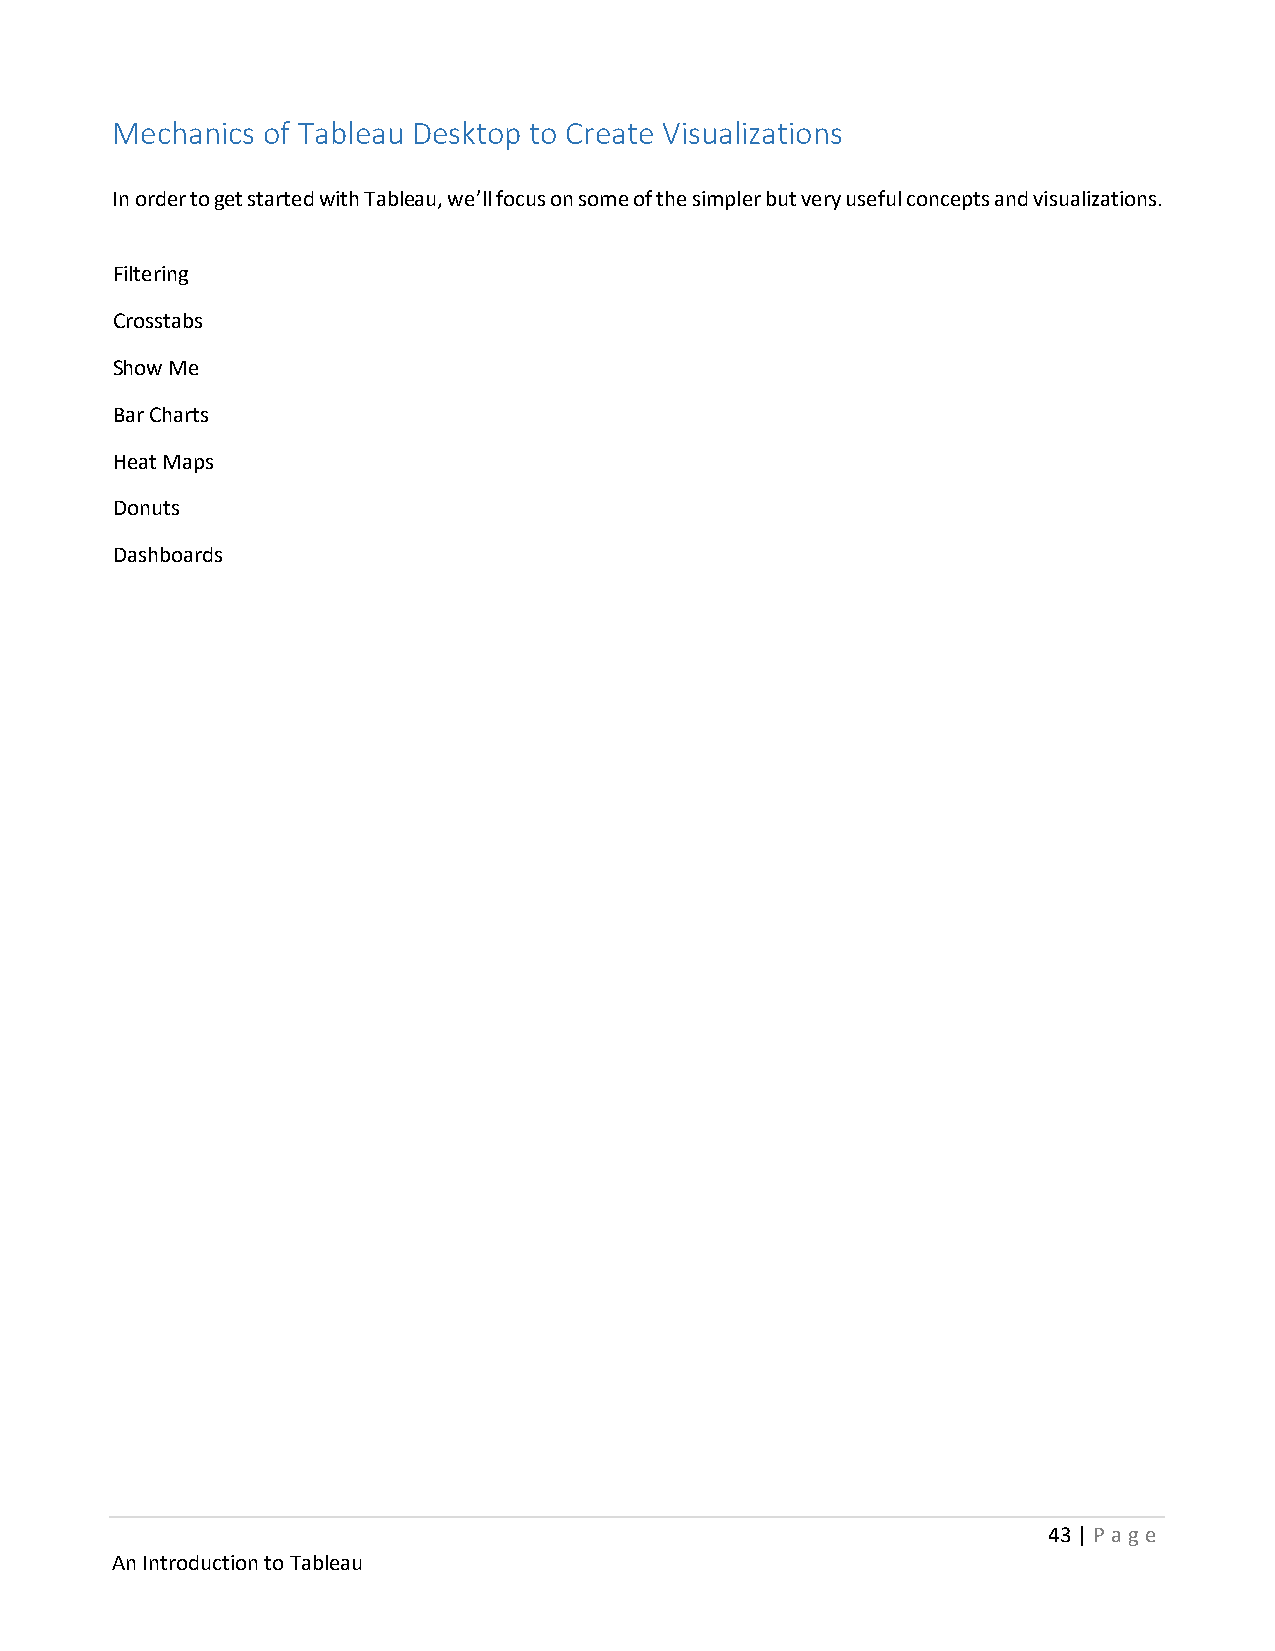
Mechanics of Tableau Desktop to Create Visualizations
 In order to get started with Tableau, we’ll focus on some of the simpler but very useful concepts and visualizations.
 Filtering
 Crosstabs
 Show Me
 Bar Charts
 Heat Maps
 Donuts
 Dashboards
 43 | P age
 An Introduction to Tableau